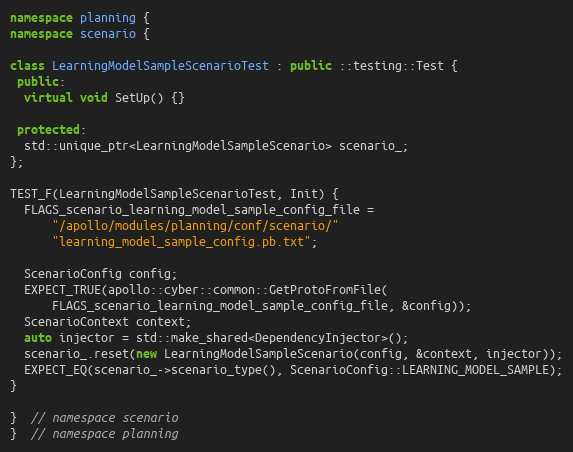
Language: C++
namespace planning {
namespace scenario {

class LearningModelSampleScenarioTest : public ::testing::Test {
 public:
  virtual void SetUp() {}

 protected:
  std::unique_ptr<LearningModelSampleScenario> scenario_;
};

TEST_F(LearningModelSampleScenarioTest, Init) {
  FLAGS_scenario_learning_model_sample_config_file =
      "/apollo/modules/planning/conf/scenario/"
      "learning_model_sample_config.pb.txt";

  ScenarioConfig config;
  EXPECT_TRUE(apollo::cyber::common::GetProtoFromFile(
      FLAGS_scenario_learning_model_sample_config_file, &config));
  ScenarioContext context;
  auto injector = std::make_shared<DependencyInjector>();
  scenario_.reset(new LearningModelSampleScenario(config, &context, injector));
  EXPECT_EQ(scenario_->scenario_type(), ScenarioConfig::LEARNING_MODEL_SAMPLE);
}

}  // namespace scenario
}  // namespace planning